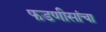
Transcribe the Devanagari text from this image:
फडणीसांचा